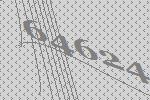
64624